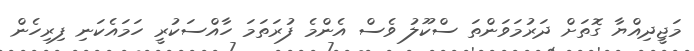
މަޖީދިއްޔާ ގޮތަށް ދަރުމަވަންތަ ސްކޫލު ވެސް އެންމެ ފުރަތަމަ ހާއްސަކުރީ ހަމައެކަނި ފިރިހެން